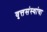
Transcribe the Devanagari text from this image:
वृत्तसंस्थांचा